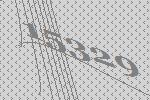
15329